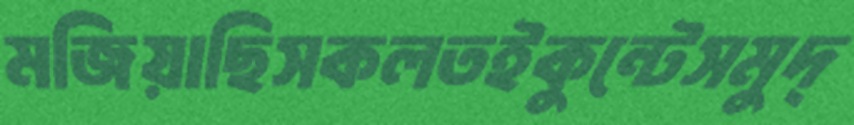
মজিয়াছিসকলতইকুন্টেসমুদ্